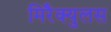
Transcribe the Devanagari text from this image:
मिरैक्युलस